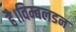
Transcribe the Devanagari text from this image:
है।विम्बलडन